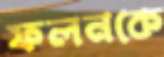
ফলনকে